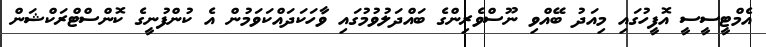
އެމްޓީސީސީ އޮފީހުގައި މިއަދު ބޭއްވި ނޫސްވެރިންގެ ބައްދަލުވުމުގައި ވާހަކަދައްކަވަމުން އެ ކުންފުނީގެ ކޮންސްޓްރަކްޝަން